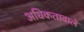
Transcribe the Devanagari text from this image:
अधिकतावाले